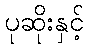
ပုဆိုးနှင့်